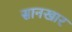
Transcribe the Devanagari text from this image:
सानखार